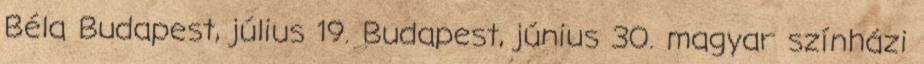
Béla Budapest, július 19. Budapest, június 30. magyar színházi